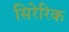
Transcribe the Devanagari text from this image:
सिरेरिक